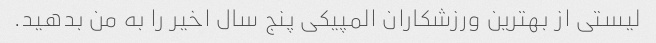
لیستی از بهترین ورزشکاران المپیکی پنج سال اخیر را به من بدهید.